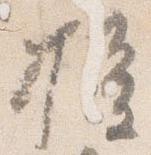
権